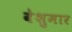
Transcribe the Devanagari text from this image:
वेशुमार